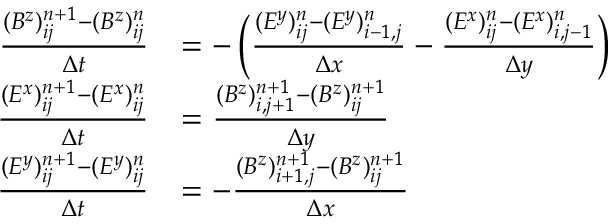
\begin{array} { r l } { \frac { ( B ^ { z } ) _ { i j } ^ { n + 1 } - ( B ^ { z } ) _ { i j } ^ { n } } { \Delta t } } & { = - \left( \frac { ( E ^ { y } ) _ { i j } ^ { n } - ( E ^ { y } ) _ { i - 1 , j } ^ { n } } { \Delta x } - \frac { ( E ^ { x } ) _ { i j } ^ { n } - ( E ^ { x } ) _ { i , j - 1 } ^ { n } } { \Delta y } \right) } \\ { \frac { ( E ^ { x } ) _ { i j } ^ { n + 1 } - ( E ^ { x } ) _ { i j } ^ { n } } { \Delta t } } & { = \frac { ( B ^ { z } ) _ { i , j + 1 } ^ { n + 1 } - ( B ^ { z } ) _ { i j } ^ { n + 1 } } { \Delta y } } \\ { \frac { ( E ^ { y } ) _ { i j } ^ { n + 1 } - ( E ^ { y } ) _ { i j } ^ { n } } { \Delta t } } & { = - \frac { ( B ^ { z } ) _ { i + 1 , j } ^ { n + 1 } - ( B ^ { z } ) _ { i j } ^ { n + 1 } } { \Delta x } } \end{array}